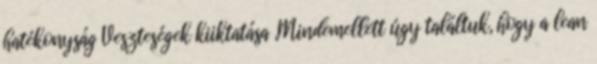
hatékonyság Veszteségek kiiktatása „Mindemellett úgy találtuk, hogy a lean